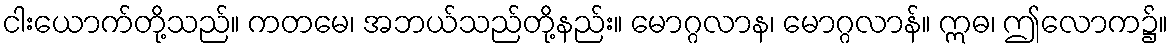
ငါးယောက်တို့သည်။ ကတမေ၊ အဘယ်သည်တို့နည်း။ မောဂ္ဂလာန၊ မောဂ္ဂလာန်။ ဣဓ၊ ဤလောက၌။